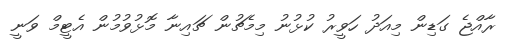
ރާއްޖެ ގަޑިން މިއަދު ހަވީރު ކުޅުނު މިމެޗުން ޗައިނާ މޮޅުވުމުން އެޓީމް ވަނީ